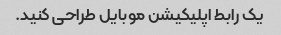
یک رابط اپلیکیشن موبایل طراحی کنید.